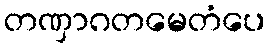
တဏှာဂတမေတံပေ